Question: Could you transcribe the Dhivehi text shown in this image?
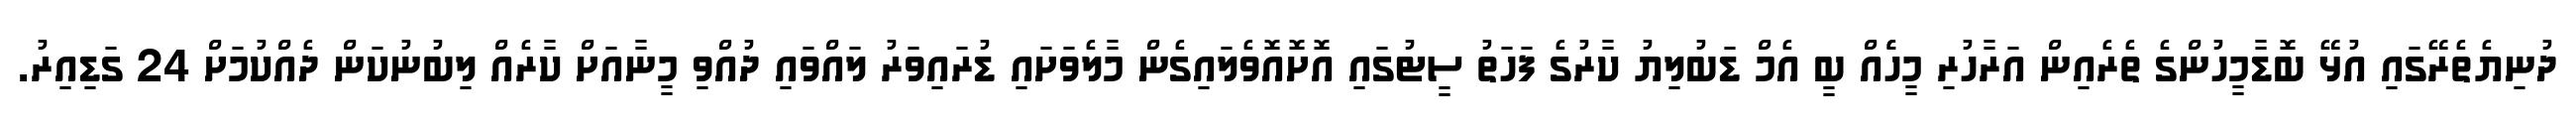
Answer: ދުނިޔެތެރޭގައި އުޅޭ ބޮޑާމީހުންގެ ތެރެއިން އަރާހުރި މީހެެއް ބީ އެމް ޑަބުލިޔު ކާރުގެ ފަހަތު ސީޓުގައި އޮށޮއޮވެލައިގެން މާލެވަށައި ޑުރައިވަރު ލައްވައި ދުއްވި މީނާއަށް ކާރެއް ލިބުނުކަން ދެއްކުމަށް 24 ގަޑިއިރު.